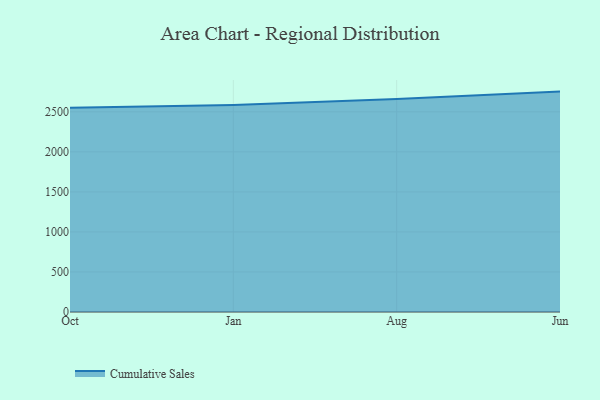
{"axis": {"x": "Month", "y": "Production Output"}, "legend": ["Cumulative Sales"], "data": [{"x": "Oct", "y": 2550.4, "type": "Cumulative Sales"}, {"x": "Jan", "y": 2584.2, "type": "Cumulative Sales"}, {"x": "Aug", "y": 2659.6, "type": "Cumulative Sales"}, {"x": "Jun", "y": 2752.2, "type": "Cumulative Sales"}]}